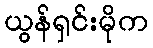
ယွန်ရှင်းမိုက